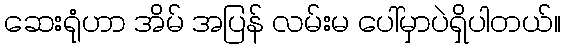
ဆေးရုံဟာ အိမ် အပြန် လမ်းမ ပေါ်မှာပဲရှိပါတယ်။